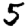
Digit: 5